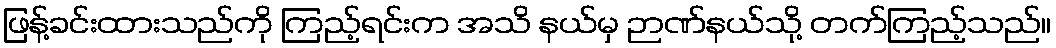
ဖြန့်ခင်းထားသည်ကို ကြည့်ရင်းက အသိ နယ်မှ ဉာဏ်နယ်သို့ တက်ကြည့်သည်။